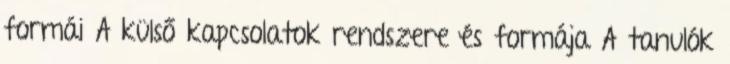
formái A külső kapcsolatok rendszere és formája A tanulók